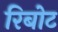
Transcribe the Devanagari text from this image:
रिबोट